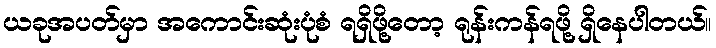
ယခုအပတ်မှာ အကောင်းဆုံးပုံစံ ရရှိဖို့တော့ ရုန်းကန်ရဖို့ ရှိနေပါတယ်။